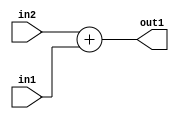
`timescale 1ps / 1ps
/*****************************************************************************
    Verilog RTL Description
    
    
    Created by: Stratus DpOpt 2019.1.01 
*******************************************************************************/

module SobelFilter_Add_12Ux12U_12U_1 (
	in2,
	in1,
	out1
	); /* architecture "behavioural" */ 
input [11:0] in2,
	in1;
output [11:0] out1;
wire [11:0] asc001;

assign asc001 = 
	+(in2)
	+(in1);

assign out1 = asc001;
endmodule

/* CADENCE  ubDyQwE= : u9/ySgnWtBlWxVPRXgAZ4Og= ** DO NOT EDIT THIS LINE ******/